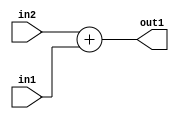
`timescale 1ps / 1ps
/*****************************************************************************
    Verilog RTL Description
    
    
    Created by: Stratus DpOpt 2019.1.01 
*******************************************************************************/

module SobelFilter_Add_12Ux12U_12U_1 (
	in2,
	in1,
	out1
	); /* architecture "behavioural" */ 
input [11:0] in2,
	in1;
output [11:0] out1;
wire [11:0] asc001;

assign asc001 = 
	+(in2)
	+(in1);

assign out1 = asc001;
endmodule

/* CADENCE  ubDyQwE= : u9/ySgnWtBlWxVPRXgAZ4Og= ** DO NOT EDIT THIS LINE ******/